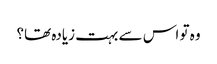
وہ تو اس سے بہت زیادہ تھا؟